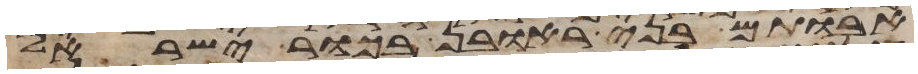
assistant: אבותם בני ראובן בכור ישראל